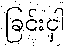
ခြင်းငှါ